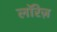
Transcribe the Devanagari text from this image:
लॉरेज़